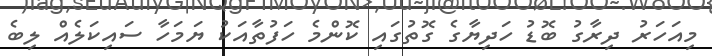
މިއަހަރު ދިރާގު ބޮޑު ހަދިޔާގެ ގޮތުގައި ކޮންމެ ހަފުތާއަކު ޔަމަހާ ސައިކަލެއް ލިބެ